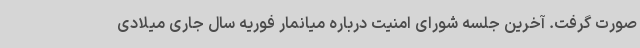
صورت گرفت. آخرین جلسه شورای امنیت درباره میانمار فوریه سال جاری میلادی